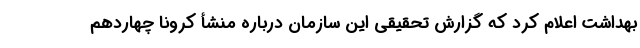
بهداشت اعلام کرد که گزارش تحقیقی این سازمان درباره منشأ کرونا چهاردهم